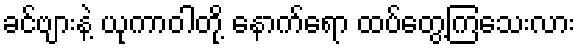
ခင်ဗျားနဲ့ ယုကာဝါတို့ နောက်ရော ထပ်တွေ့ကြသေးလား